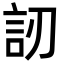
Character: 訒